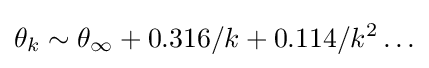
\theta _{k}\sim \theta _{\infty }+0.316/k+0.114/k^{2}\ldots